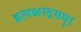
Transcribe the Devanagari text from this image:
इत्यक्षरद्वयम्।